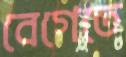
বেগেতে